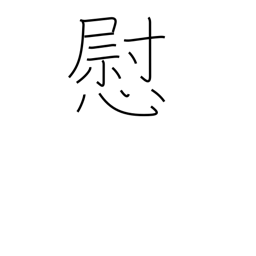
Meaning: consolation